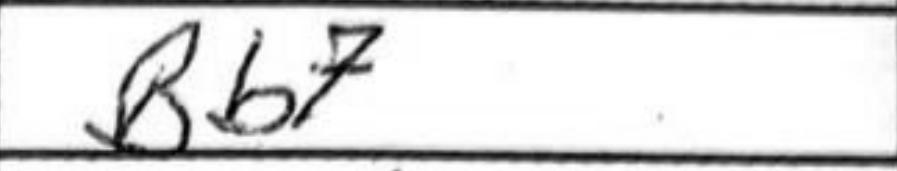
Transcription: Bb7